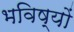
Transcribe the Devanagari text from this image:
भविष्यों